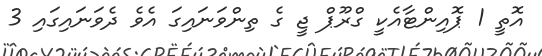
އޮތީ 1 ޕޮއިންޓާއެކީ ގްރޫޕް ޖީ ގެ ތިންވަނައިގަ އެވެ ދެވަނައިގައި 3